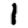
Digit: 1